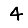
Digit: 4